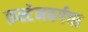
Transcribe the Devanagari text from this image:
रुस्टेनबर्गचा